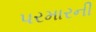
પરમારની